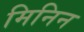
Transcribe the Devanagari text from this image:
मिनिन